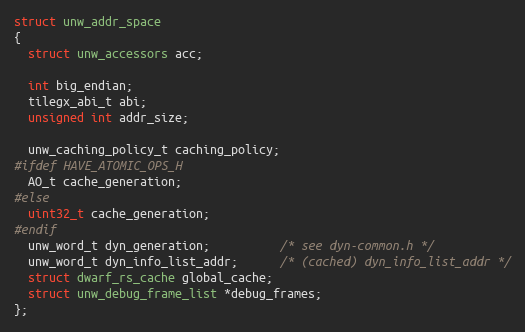
Language: C
struct unw_addr_space
{
  struct unw_accessors acc;

  int big_endian;
  tilegx_abi_t abi;
  unsigned int addr_size;

  unw_caching_policy_t caching_policy;
#ifdef HAVE_ATOMIC_OPS_H
  AO_t cache_generation;
#else
  uint32_t cache_generation;
#endif
  unw_word_t dyn_generation;          /* see dyn-common.h */
  unw_word_t dyn_info_list_addr;      /* (cached) dyn_info_list_addr */
  struct dwarf_rs_cache global_cache;
  struct unw_debug_frame_list *debug_frames;
};